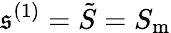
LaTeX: \mathfrak{s}^{(1)}=\tilde{{S}}=S_{\mathrm{{m}}}